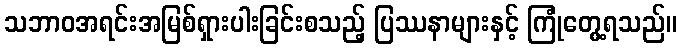
သဘာဝအရင်းအမြစ်ရှားပါးခြင်းစသည့် ပြဿနာများနှင့် ကြုံတွေ့ရသည်။